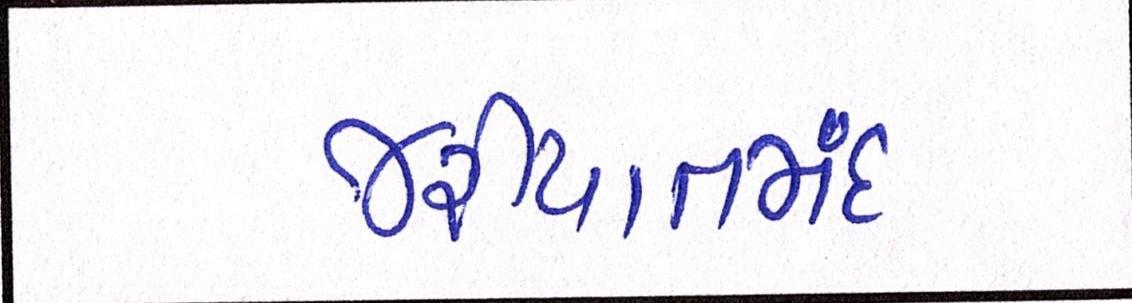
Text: જરીયાતમંદ